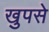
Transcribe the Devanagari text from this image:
खुपसे